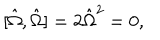
LaTeX: [ { \hat { \Omega } } , { \hat { \Omega } } ] = 2 { \hat { \Omega } } ^ { 2 } = 0 ,